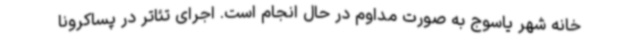
خانه شهر یاسوج به صورت مداوم در حال انجام است. اجرای تئاتر در پساکرونا